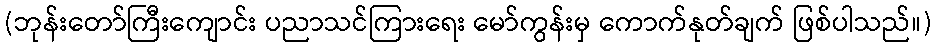
(ဘုန်းတော်ကြီးကျောင်း ပညာသင်ကြားရေး မော်ကွန်းမှ ကောက်နုတ်ချက် ဖြစ်ပါသည်။)